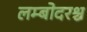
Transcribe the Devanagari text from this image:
लम्बोदरश्च